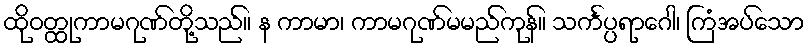
ထိုဝတ္ထုကာမဂုဏ်တို့သည်။ န ကာမာ၊ ကာမဂုဏ်မမည်ကုန်။ သင်္ကပ္ပရာဂေါ၊ ကြံအပ်သော